Materia medica of Madras volume I
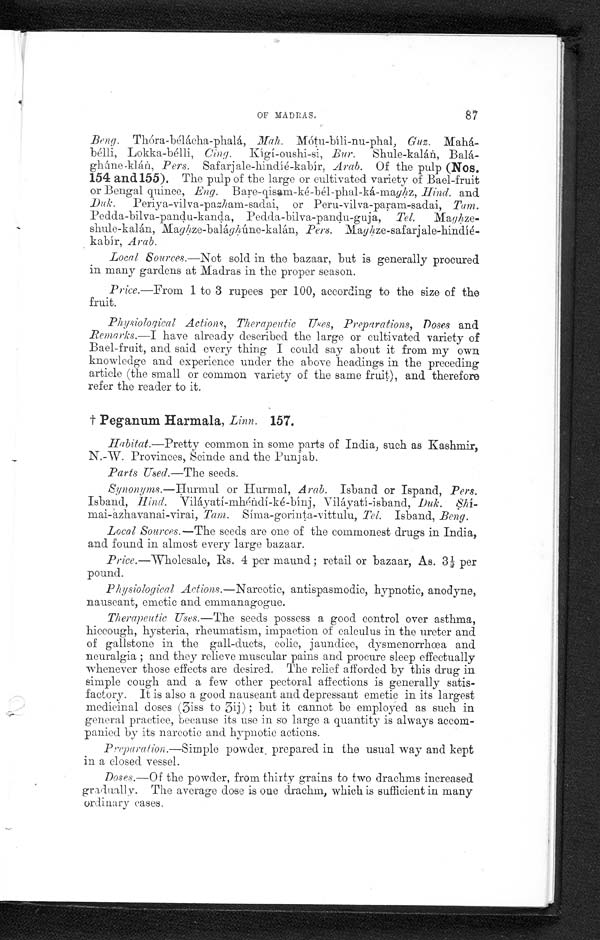
OF MADRAS.
87
Beng. Thóra-bélácha-phalá, Mah. Mótu-bíli-nu-phal, Guz.
Mahá-bélli, Lokka-bélli, Cing. Kígí-oushi-si, Bur. Shule-kalán,
Balá-ghúne-klán, Pers. Safarjale-hindíé-kabír, Arab. Of the pulp (Nos.
154 and 155). The pulp of the large or cultivated variety of Bael-fruit
or Bengal quince, Eng. Bare-qisam-ké-bél-phal-ká-maghz, Hind. and
Duk. Periya-vilva-pazham-sadai, or Peru-vilva-param-sadai,T a m .
Pedda-bilva-pandu-kanda, Pedda-bilva-pandu-guja, Tel. Maghze-
shule-kalán, Maghze-balághúne-kalán, Pers.
M a g h z e - s a f a r j a l e - h i n d í é - k a b í r ,A
r a b .
Local Sources.—Not sold in the bazaar, but is generally procured
in many gardens at Madras in the proper season.
Price.—From 1 to 3 rupees per 100, according to the size of the
fruit.
Physiological Actions, Therapeutic Uses, Preparations, Doses and
Remarks.—I have already described the large or cultivated variety of
Bael-fruit, and said every thing I could say about it from my own
knowledge and experience under the above headings in the preceding
a r t i c l e ( t h e s m a l l o r c o m m o n v a r i e t y o f t h e s a m e f r u i t ) , a n d t h e r e f o r e
refer the reader to it.
† Peganum Harmala, Linn. 157.
Habitat.—Pretty common in some parts of India, such as Kashmir,
N.-W. Provinces, Seinde and the Punjab.
Parts Used.—The seeds.
Synonyms.—Hurmul or Hurmal, Arab. Isband or Ispand, Pers.
Isband, Hind. Viláyatí-mhéndí -ké-bínj , Viláyatí-isband , Duk. Shi-
mai-azhavanai-virai, Tam. Síma-gorinta-vittulu, Tel. Isband, Beng.
Local Sources.—The seeds are one of the commonest drugs in India,
and found in almost every large bazaar.
Price.—Wholesale, Rs. 4 per maund; retail or bazaar, As. 3½ per
pound.
Physiological Actions.—Narcotic, antispasmodic, hypnotic, anodyne,
nauseant, emetic and emmanagogue.
Therapeutic Uses.—The seeds possess a good control over asthma,
hiccough, hysteria, rheumatism, impaction of calculus in the ureter and
of gallstone in the gall-ducts, colic, jaundice, dysmenorrhœa and
neuralgia ; and they relieve muscular pains and procure sleep effectually
whenever those effects are desired. The relief afforded by this drug in
simple cough and a few other pectoral affections is generally satis-
factory. It is also a good nauseant and depressant emetic in its largest
medicinal doses (3iss to 3ij) ; but it cannot be employed as such in
general practice, because its use in so large a quantity is always accom-
panied by its narcotic and hypnotic actions.
Preparation.—Simple powder prepared in the usual way and kept
in a closed vessel.
Doses.—OF the powder, from thirty grains to two drachms increased
gradually. The average dose is one drachm, which is sufficient in many
ordina ry cases.